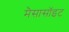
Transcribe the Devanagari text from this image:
मैसासॉइट